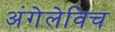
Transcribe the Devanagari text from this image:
अंगेलेविच